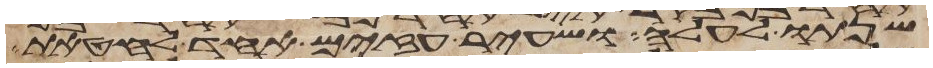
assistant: שנתו לעלה ושעיר עזים אחד לחטאת